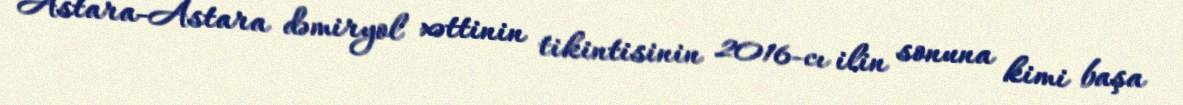
Astara-Astara dəmiryol xəttinin tikintisinin 2016-cı ilin sonuna kimi başa